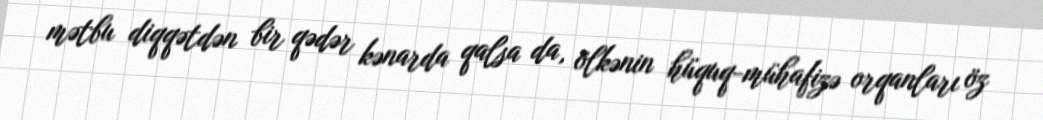
mətbu diqqətdən bir qədər kənarda qalsa da, ölkənin hüquq-mühafizə orqanları öz